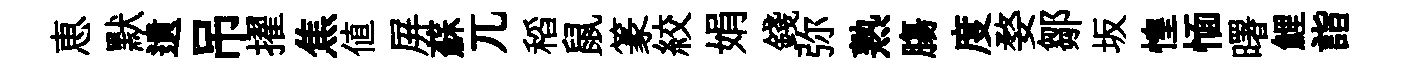
恵默遺吊擢焦值屏蘇兀稻鼠篆絞娟錢弥熟膓度婺鄒坂惶愐曙鯉詣